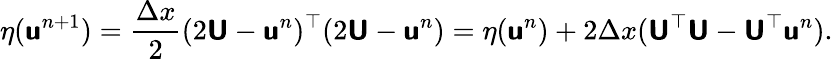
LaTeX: \eta(\mathbf{\boldsymbol{\mathsf{u}}}^{n+1})=\frac{\Delta x}{2}(2\mathbf{\boldsymbol{\mathsf{U}}}-\mathbf{\boldsymbol{\mathsf{u}}}^{n})^{\top}(2\mathbf{\boldsymbol{\mathsf{U}}}-\mathbf{\boldsymbol{\mathsf{u}}}^{n})=\eta(\mathbf{\boldsymbol{\mathsf{u}}}^{n})+2\Delta x(\mathbf{\boldsymbol{\mathsf{U}}}^{\top}\mathbf{\boldsymbol{\mathsf{U}}}-\mathbf{\boldsymbol{\mathsf{U}}}^{\top}\mathbf{\boldsymbol{\mathsf{u}}}^{n}).